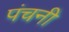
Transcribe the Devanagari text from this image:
पंचनी